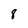
Character: 8